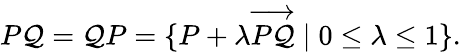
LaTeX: P\mathcal{Q}=\mathcal{Q}P=\{ P+\lambda{\overrightarrow{{P\mathcal{Q}}}}\mid0\leq\lambda\leq1\} .